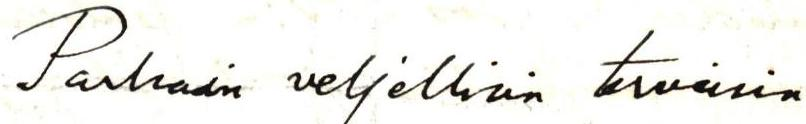
Parhain veljellisin terveisin